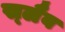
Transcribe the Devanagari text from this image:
स्‍लैब